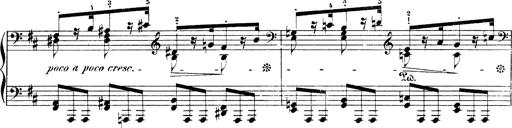
Title: Illustrations de l'opÃ©ra L'Africaine
Composer: Franz Liszt